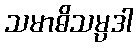
သမာဓိသမ္ပဒါ